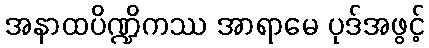
အနာထပိဏ္ဍိကဿ အာရာမေ ပုဒ်အဖွင့်